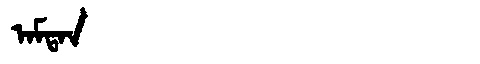
Manchu: ᠠᠮᡨᠠᠨ
Romanization: AMTAN